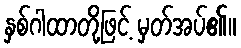
နှစ်ဂါထာတို့ဖြင့် မှတ်အပ်၏။